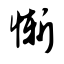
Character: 惭